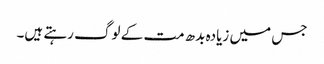
جس میں زیادہ بدھ مت کے لوگ رہتے ہیں۔